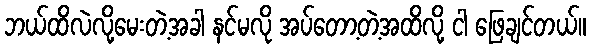
ဘယ်ထိလဲလို့မေးတဲ့အခါ နင်မလို အပ်တော့တဲ့အထိလို့ ငါ ဖြေချင်တယ်။